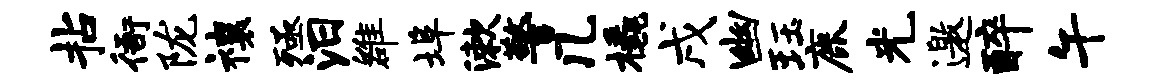
拈衙陇禳殛汨雒埠漱警几橇戌幽珏鹿光邀醉午